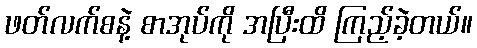
ဖတ်လက်စနဲ့ စာအုပ်ကို အပြီးထိ ကြည့်ခဲ့တယ်။